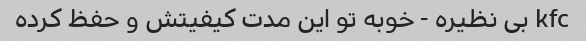
kfc بی نظیره - خوبه تو این مدت کیفیتش و حفظ کرده